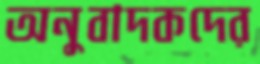
অনুবাদকদের